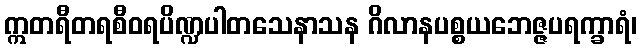
ဣတရီတရစီဝရပိဏ္ဍပါတသေနာသန ဂိလာနပစ္စယဘေဇ္ဇပရက္ခာရံ၊